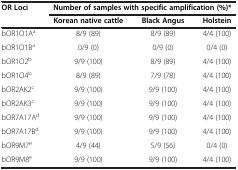
| <ROWSPAN=2> OR Loci | <COLSPAN=3> Number of samples with specific amplification (%)* |
 | Korean native cattle | Black Angus | Holstein |
 | --- | --- | --- | --- |
 | bOR1O1Aa | 8/9 (89) | 8/9 (89) | 4/4 (100) |
 | bOR1O1Ba | 0/9 (0) | 0/9 (0) | 0/4 (0) |
 | bOR1O2b | 9/9 (100) | 8/9 (89) | 4/4 (100) |
 | bOR1O4b | 8/9 (89) | 7/9 (78) | 4/4 (100) |
 | bOR2AK2c | 9/9 (100) | 9/9 (100) | 4/4 (100) |
 | bOR2AK3c | 9/9 (100) | 9/9 (100) | 4/4 (100) |
 | bOR7A17Ad | 9/9 (100) | 9/9 (100) | 4/4 (100) |
 | bOR7A17Bd | 9/9 (100) | 9/9 (100) | 4/4 (100) |
 | bOR9M7e | 4/9 (44) | 5/9 (56) | 0/4 (0) |
 | bOR9M8e | 9/9 (100) | 9/9 (100) | 4/4 (100) |